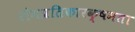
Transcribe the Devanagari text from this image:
रोगप्रतिकारक्षमता